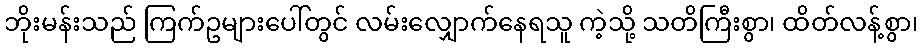
ဘိုးမန်းသည် ကြက်ဥများပေါ်တွင် လမ်းလျှောက်နေရသူ ကဲ့သို့ သတိကြီးစွာ၊ ထိတ်လန့်စွာ၊